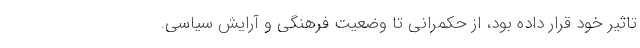
تاثیر خود قرار داده بود، از حکمرانی تا وضعیت فرهنگی و آرایش سیاسی.